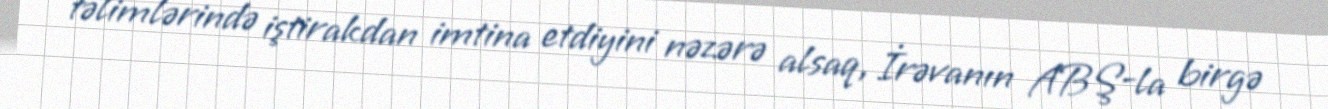
təlimlərində iştirakdan imtina etdiyini nəzərə alsaq, İrəvanın ABŞ-la birgə